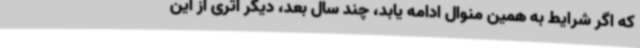
که اگر شرایط به همین منوال ادامه یابد، چند سال بعد، دیگر اثری از این